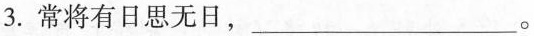
3.常将有日思无日，___。